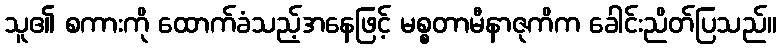
သူ၏ စကားကို ထောက်ခံသည့်အနေဖြင့် မစ္စတာမီနာဇုကိက ခေါင်းညိတ်ပြသည်။